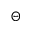
\Theta